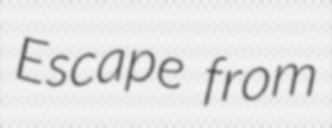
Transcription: Escape from